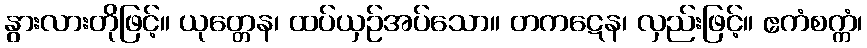
နွားလားတိုဖြင့်။ ယုတ္တေန၊ ထပ်ယှဉ်အပ်သော။ တကဋေန၊ လှည်းဖြင့်။ ဧကံစက္ကံ၊